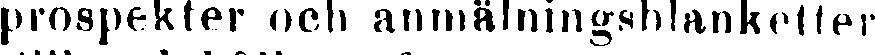
prospekter och anmälningsblanketter